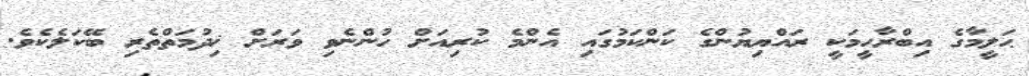
ޙަލީމާގެ އިބްރާހީމަކީ ރައްޔިޔުންގެ ކަންކަމުގައި އެންމެ ކުރިއަށް ހުންނެވި ވަރަށް ޚިދުމަތްތެރި ބޭކަލެކެވެ.